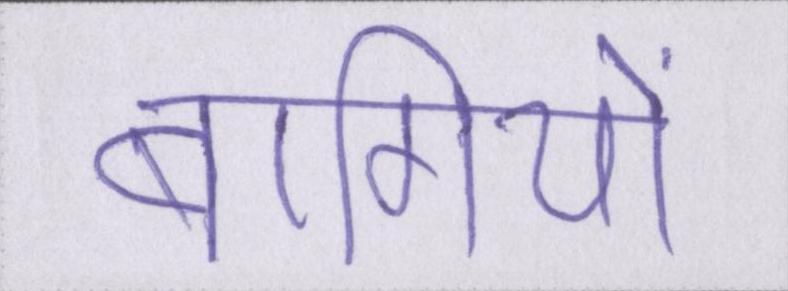
बागियों